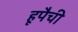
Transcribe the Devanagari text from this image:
हूपैची